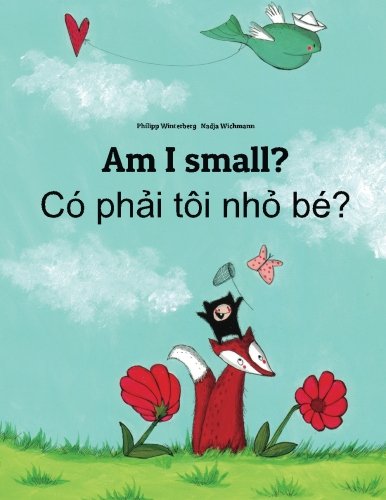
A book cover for Am I small? Co phai toi nho be?: Children's Picture Book English-Vietnamese (Bilingual Edition); Philipp Winterberg; Children's Books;